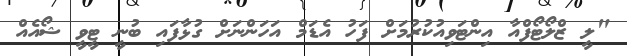
"ލީ ޒްލޯޓޯފްއާ އިންޓަވިއުކުރުމަށް ފަހު އެޑަމް އަހަންނަށް ގުޅާފައި ބުނީ ޓީވީ ޝޯއެއް